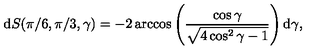
\mathrm { d } S ( \pi / 6 , \pi / 3 , \gamma ) = - 2 \arccos \left( \frac { \cos \gamma } { \sqrt { 4 \cos ^ { 2 } \gamma - 1 } } \right) \mathrm { d } \gamma ,